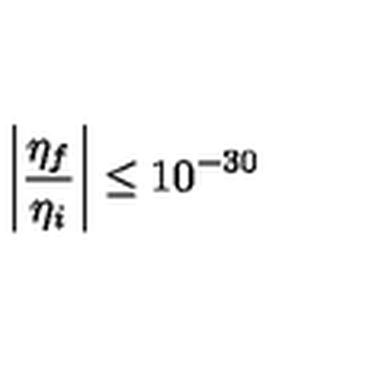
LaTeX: \left| \frac { \eta _ { f } } { \eta _ { i } } \right| \le 1 0 ^ { - 3 0 }